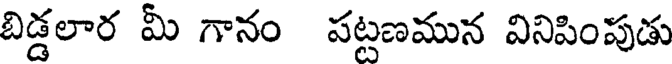
బిడ్డలార మీ గానం పట్టణమున వినిపింపుడు